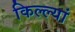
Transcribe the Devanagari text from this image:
किल्ल्यां